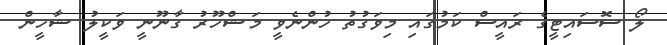
ލޯ ސޮސައިޓީގެ ރައީސް ކަމުގައި މިވަގުތު ހުންނެވީ މަޝްހޫރު ގާނޫނީ ވަކީލު ޝާހީން